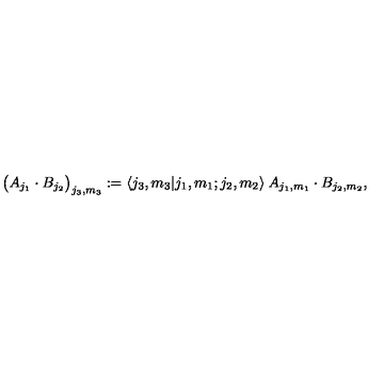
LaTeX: \big ( A _ { j _ { 1 } } \cdot B _ { j _ { 2 } } \big ) _ { j _ { 3 } , m _ { 3 } } : = \langle j _ { 3 } , m _ { 3 } | j _ { 1 } , m _ { 1 } ; j _ { 2 } , m _ { 2 } \rangle \: A _ { j _ { 1 } , m _ { 1 } } \cdot B _ { j _ { 2 } , m _ { 2 } } ,